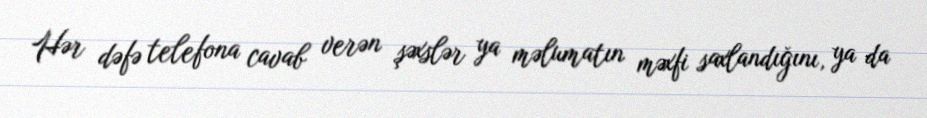
Hər dəfə telefona cavab verən şəxslər ya məlumatın məxfi saxlandığını, ya da